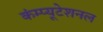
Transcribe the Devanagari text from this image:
कंम्‍प्‍यूटेशनल